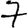
Digit: 7